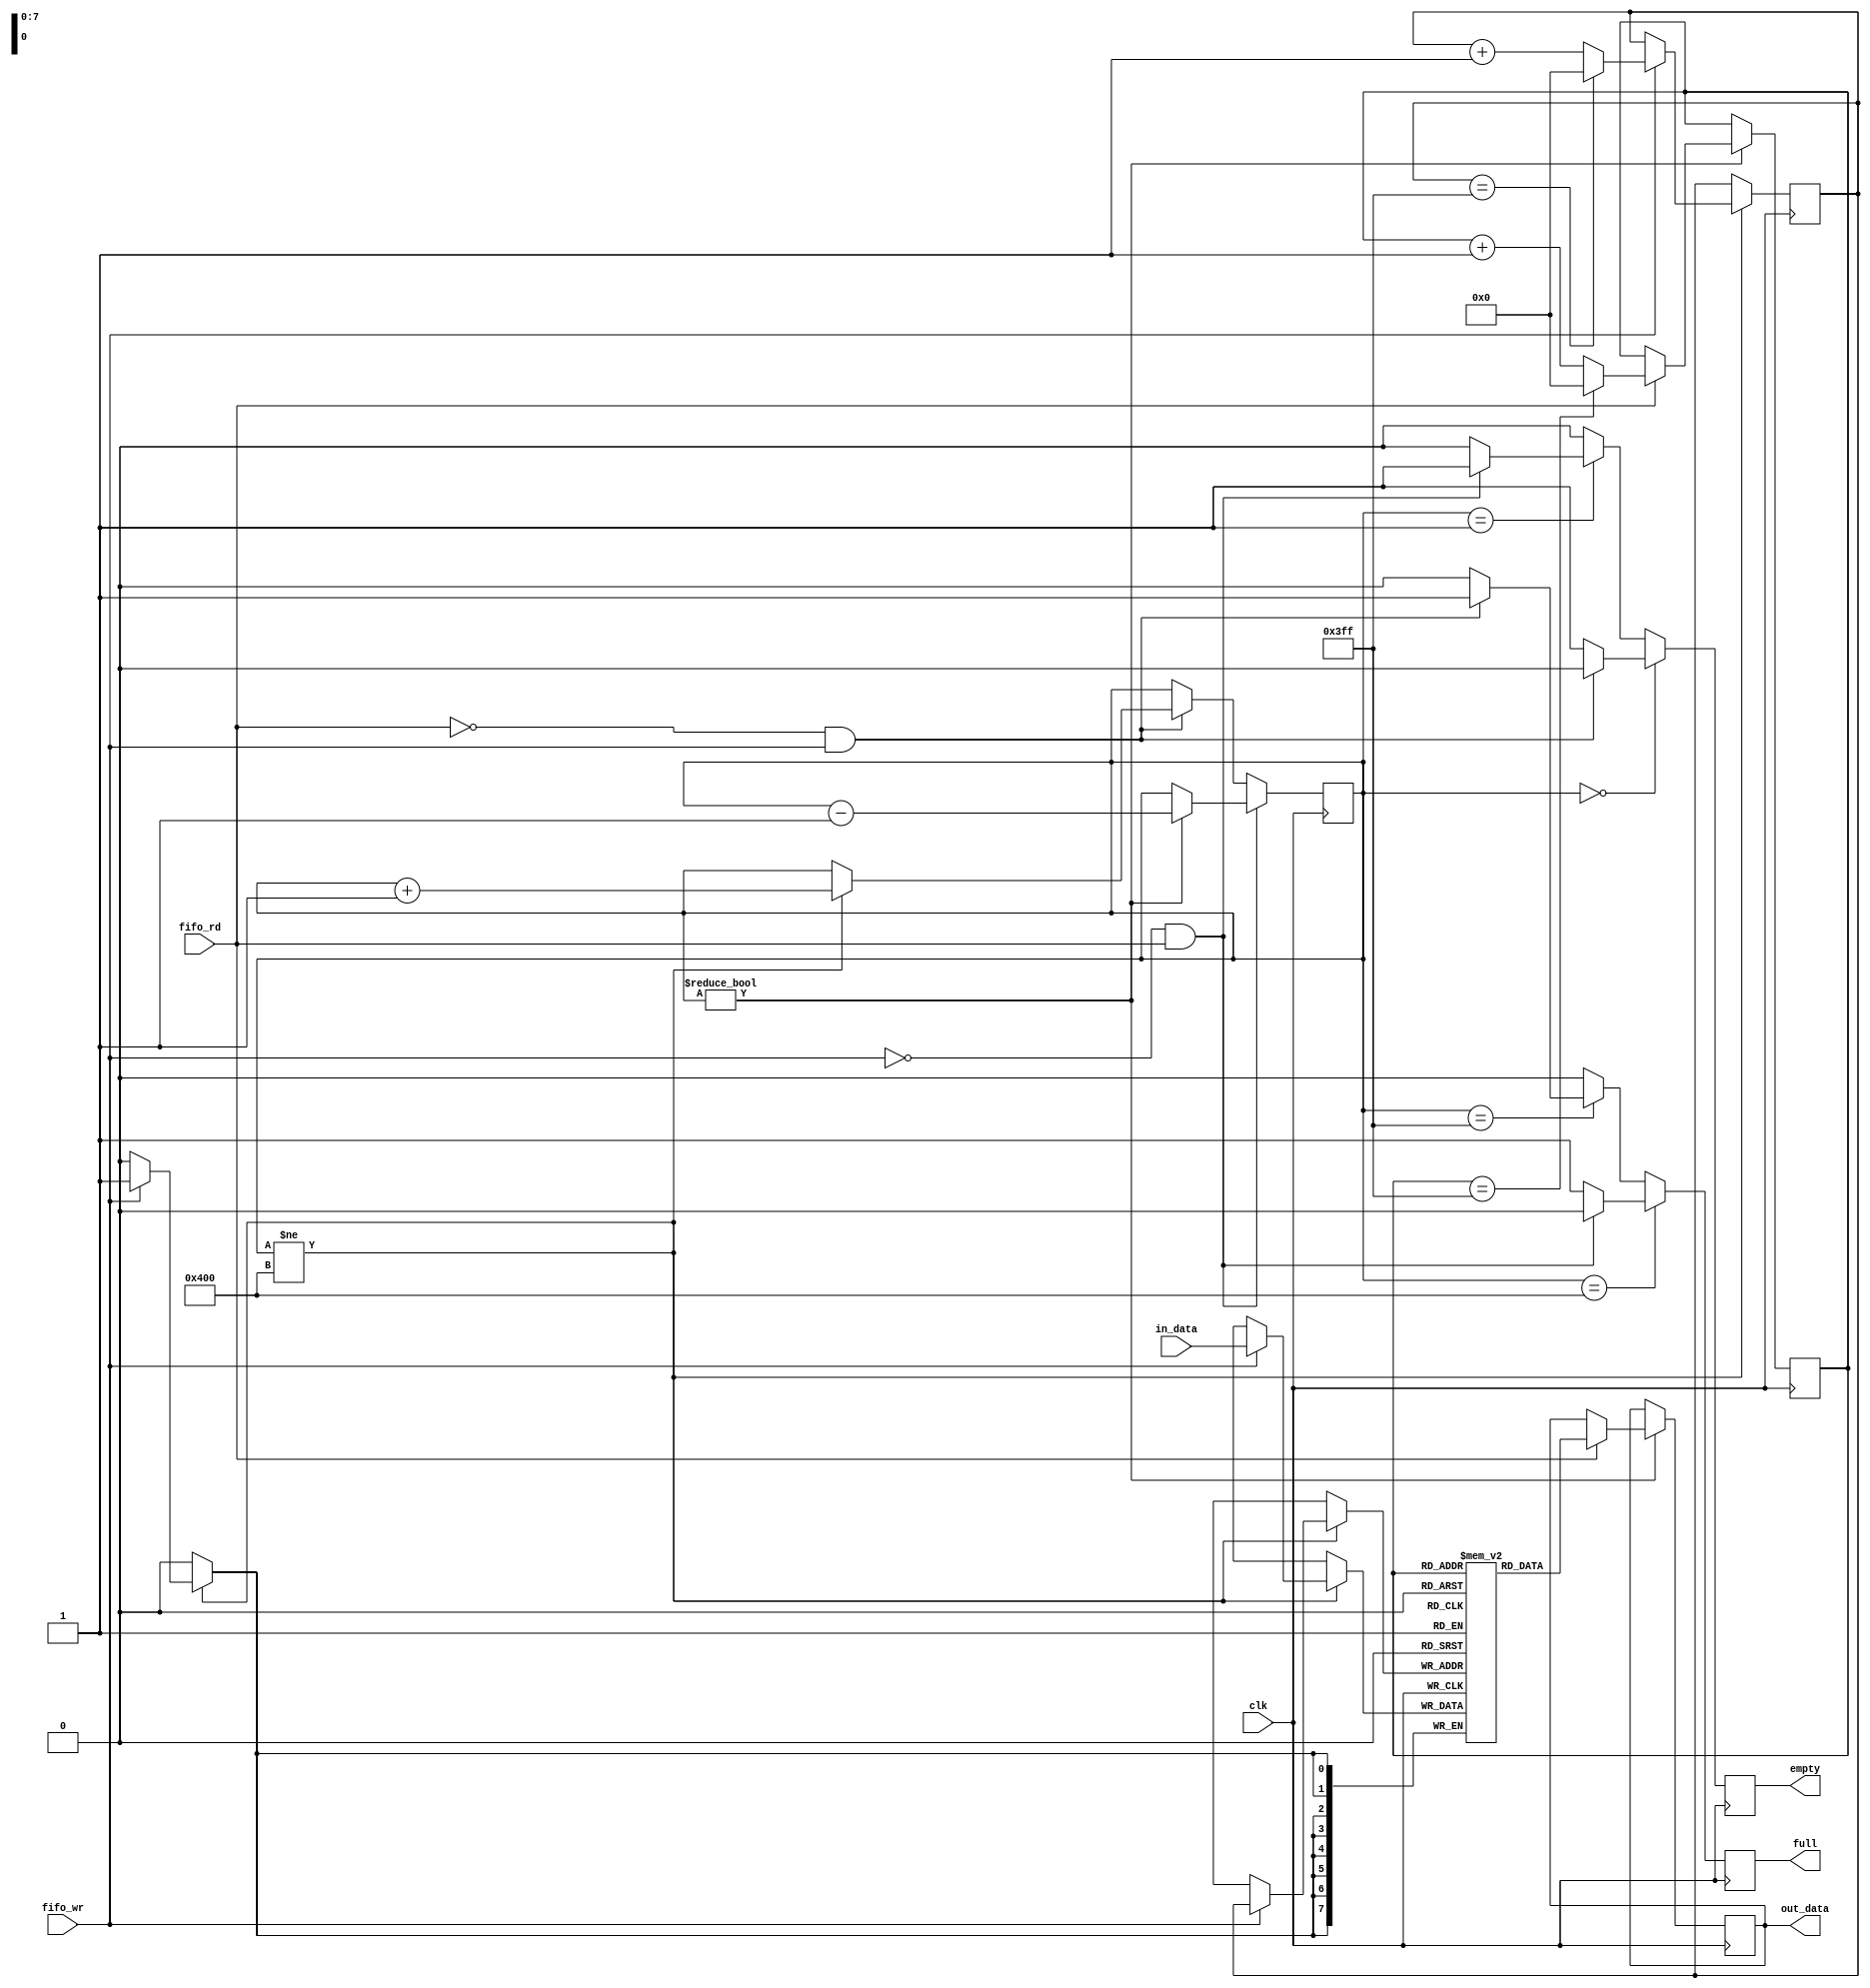
`timescale 1ns / 1ps
//////////////////////////////////
// Module Name:    fifo
//////////////////////////////////
module fifo
	(
		input clk,
		input fifo_wr, fifo_rd,	//FIFO1
		input[7:0] in_data,
		output reg empty, full,			//FIFO1
		output reg[7:0] out_data
	);

(*ramstyle = " no_rw_check, m4k", ram_init_file = "rtl/init_sram.mif"*)	//
reg [7:0] sram[1023:0];	//SRAM102416bit

reg[9:0] wr_addr, rd_addr = 10'd0;
reg[10:0] data_num = 11'd0;	//

//
always@(posedge clk)begin
	if(data_num != 11'd1024)begin
		if(fifo_wr)begin
			sram[wr_addr] <= in_data;
			if(wr_addr == 10'd1023)begin
				wr_addr <= 10'd0;
			end
			else begin
				wr_addr <= wr_addr + 10'd1;
			end
		end
	end
end

//
always@(posedge clk)begin
	if(data_num != 11'd0)begin
		if(fifo_rd)begin
			out_data <= sram[rd_addr];
			if(rd_addr == 10'd1023)begin
				rd_addr <= 10'd0;
			end
			else begin
				rd_addr <= rd_addr + 10'd1;
			end
		end
	end 
end

//
always@(posedge clk)begin	
	if((!fifo_wr) && fifo_rd)begin
		if(data_num != 11'd0)begin
			data_num <= data_num - 11'd1;
		end
	end
	else if((!fifo_rd) && fifo_wr)begin
		if(data_num != 11'd1024)begin
			data_num <= data_num + 11'd1;
		end
	end
end

//empty
always@(posedge clk)begin
	if(data_num == 11'd0)begin
		if((!fifo_rd) && fifo_wr)begin
			empty <= 1'b0;
		end
		else begin
			empty <= 1'b1;
		end
	end
	else if(data_num == 11'd1)begin
		if((!fifo_wr) && fifo_rd)begin
			empty <= 1'b1;
		end
		else begin
			empty <= 1'b0;
		end
	end
	else begin
		empty <= 1'b0;
	end
end

//full
always@(posedge clk)begin
	if(data_num == 11'd1024)begin
		if((!fifo_wr) && fifo_rd)begin
			full <= 1'b0;
		end
		else begin
			full <= 1'b1;
		end
	end
	else if(data_num == 11'd1023)begin
		if((!fifo_rd) && fifo_wr)begin
			full <= 1'b1;
		end
		else begin
			full <= 1'b0;
		end
	end
	else begin
		full <= 1'b0;
	end
end

endmodule